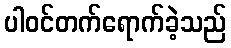
ပါဝင်တက်ရောက်ခဲ့သည်